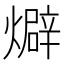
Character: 𤐙